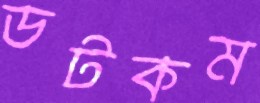
ডটকম